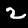
Digit: 2